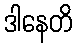
ဒါနေတိ